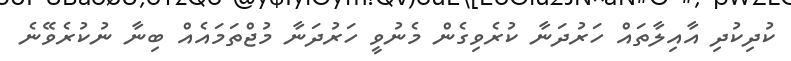
ކުދިކުދި އާއިލާތައް ހަރުދަނާ ކުރެވިގެން މެނުވީ ހަރުދަނާ މުޖްތަމައެއް ބިނާ ނުކުރެވޭނެ